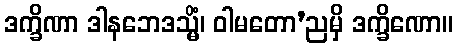
ဒက္ခိဏာ ဒါနဘေဒသ္မိံ၊ ဝါမတော’ညမှိ ဒက္ခိဏော။